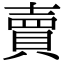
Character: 賣